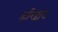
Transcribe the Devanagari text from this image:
हरिश्चंद